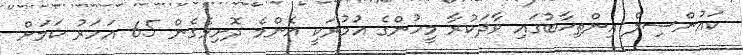
ކައުންސިލް އިިންތިޚާބުގައި ވާދަކުރާ މީހުންގެ އުމުރަކީ އެންމެ ދޮށިވެގެން 65 އަހަރު ކަމަށް